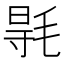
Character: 𣮊